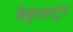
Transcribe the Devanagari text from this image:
वैकुंठातून